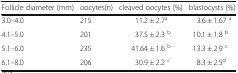
| Follicle diameter (mm) | oocytes(n) | cleaved oocytes (%) | blastocysts (%) |
 | --- | --- | --- | --- |
 | 3.0–4.0 | 215 | 11.2 ± 2.7a | 3.6 ± 1.67 a |
 | 4.1–5.0 | 201 | 37.5 ± 2.3 b | 10.1 ± 1.8 b |
 | 5.1–6.0 | 235 | 41.64 ± 1.6 b | 13.3 ± 2.9 c |
 | 6.1–8.0 | 206 | 30.9 ± 2.2 c | 8.3 ± 2.5d |